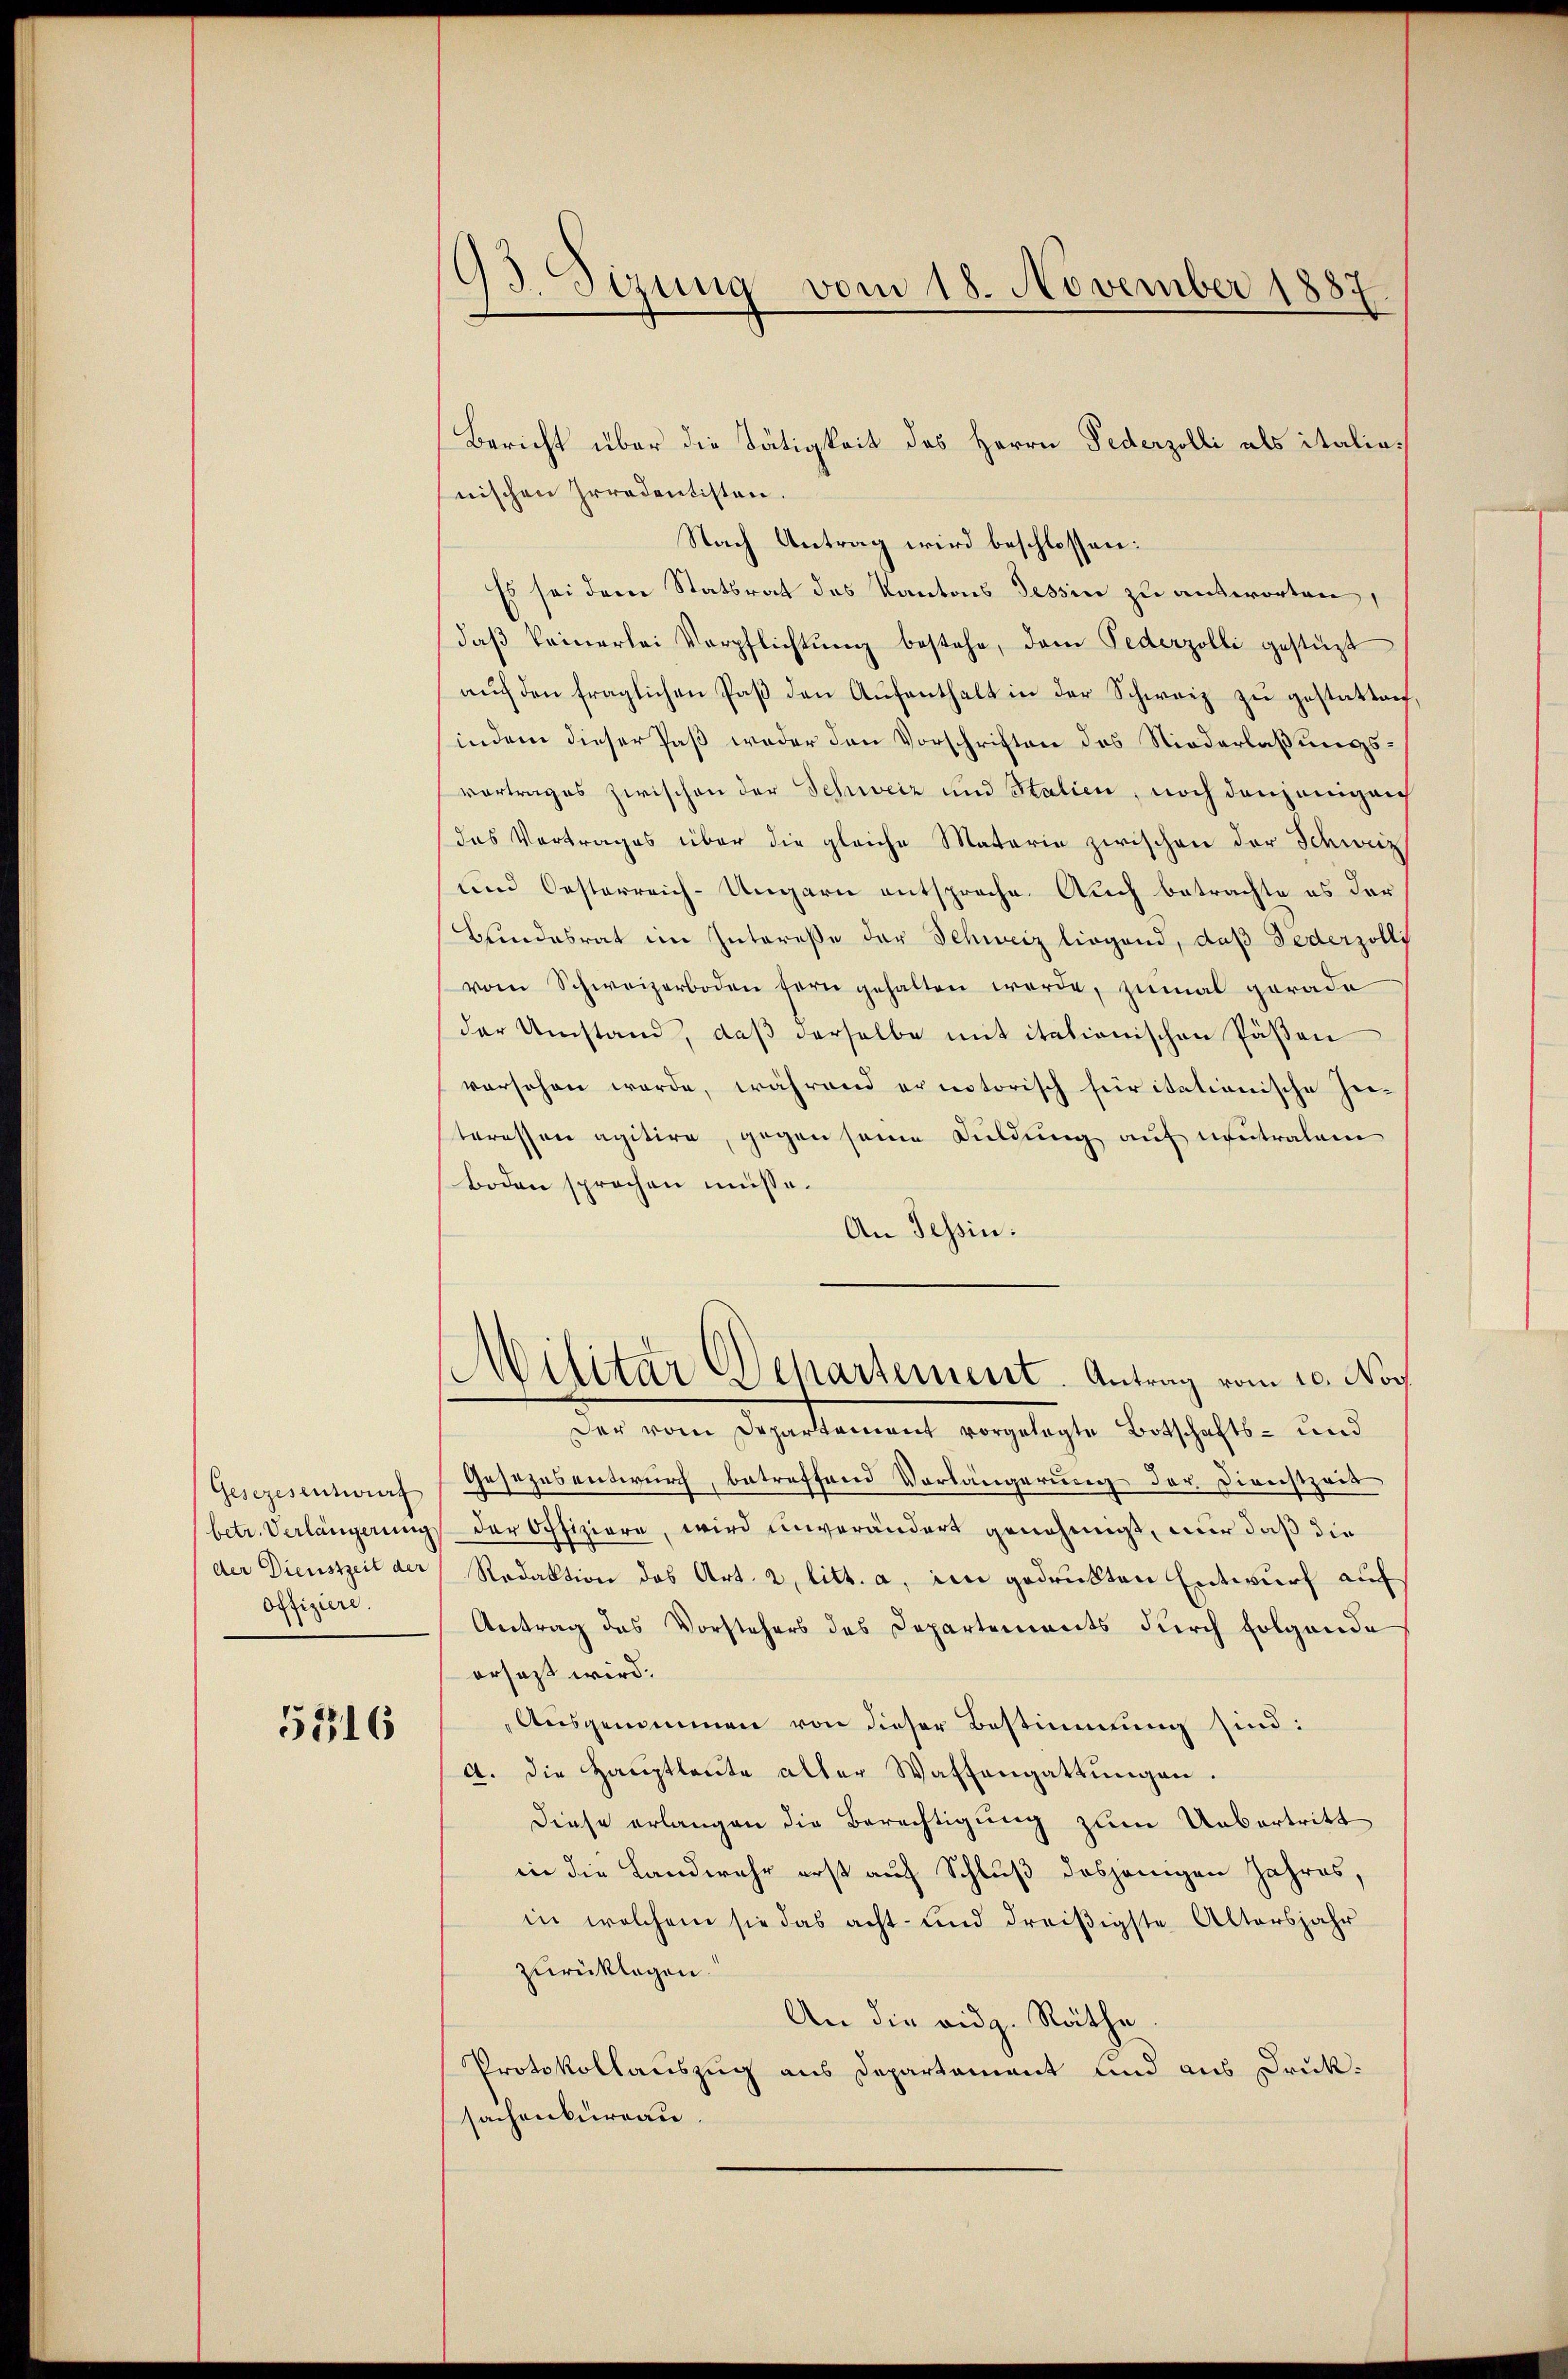
Gesezesentwurf
betr. Verlängerung
der Dienstzeit der
offiziere.

5316

93. Sizung vom 18. November 1887

Bericht über die Tätigkeit des Herrn Federzolli als italianischen Irredentisten.
Nach Antrag wird beschlossen:
Es sei dem Statsrat des Kantons Tessin zu antworten,
daβ keinerlei Verpflichtŭng bestehe, dem Pederzolli gestüzt
aŭf den fraglichen Paß den Aufenthalt in der Schweiz zu gestattenf
indem dieser Paß weder den Vorschriften des Niederlaßungsvortrages zwischen der Schweiz und Stalien, noch denjenigen
das Vortrages über die gleiche Materie zwischen der Schweiz
und Oesterreich-Ungarn entspreche. Auch betrachte es der
Bundesrat im Interesse der Schweiz liegend, daß Federzolli
vom Schweizerboden fern gehalten werde, zŭmal gerade
der Umstand, daß derselbe mit itationischen Päßen
versehen werde, während er notorisch für itationische Heiteressen agitire, gegen seine Duldung auf neutralem
Boden sprochen müsse.
An Tessin.
Militar Departement. Antrag vom 20. Nov
Der vom Departement vorgelegte Botschafts- und
Gesezesentwurf, betreffend Vorlängerung der Dienstzeit
der Offiziere, wird unverändert genehmigt, nur daß die
Redaktion des Art. 2, litt. a. im gedruckten Entwurf auf
Antrag des Vorstehers des Departements durch folgende
ersezt wird.
Ausgenommen von dieser Bestimmung sind:
A. die Haŭptleŭte alter Waffengattŭngen.
Diese erlangen die Berechtigung zum Uebertritt
in die Landwehr erst auf Schluß dasjenigen Jahres,
in welchem sie das acht- und dreißigste Altersjahr
zurücklagen.
An die vidg. Räthe
Protokollauszug aus Departement und aus Druksachenkurrau.